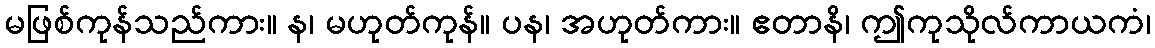
မဖြစ်ကုန်သည်ကား။ န၊ မဟုတ်ကုန်။ ပန၊ အဟုတ်ကား။ ဧတာနိ၊ ဤကုသိုလ်ကာယကံ၊